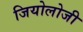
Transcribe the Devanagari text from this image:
जियोलोजी